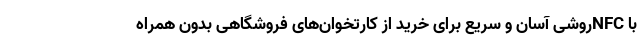
با NFCروشی آسان و سریع برای خرید از کارتخوان‌های فروشگاهی بدون همراه